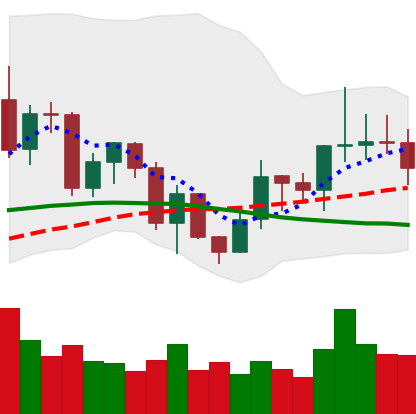
Ticker: LINK-USD
Chart end date: 2020-12-20
Forward return: -11.656%
Label: down_7plus